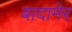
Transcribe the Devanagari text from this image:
बादामेर